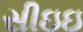
સીઇઇ